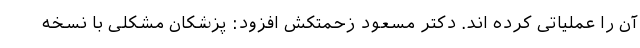
آن را عملیاتی کرده اند. دکتر مسعود زحمتکش افزود: پزشکان مشکلی با نسخه